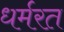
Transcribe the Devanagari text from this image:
धर्मरत